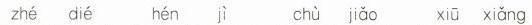
zhe die hen ji chu jiao xiu xiang